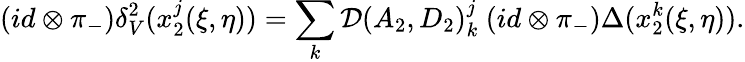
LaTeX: (id\otimes\pi_{-})\delta_{V}^{2}(x_{2}^{j}(\xi,\eta))=\sum_{k}{\cal D}(A_{2},D_{2})_{k}^{j}\ (id\otimes\pi_{-})\Delta(x_{2}^{k}(\xi,\eta)).